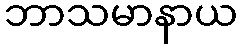
ဘာသမာနာယ